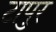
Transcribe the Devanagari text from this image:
टापुर